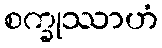
စက္ခုဿာဟံ